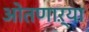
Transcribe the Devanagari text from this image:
ओतणाऱ्या